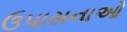
ઉપાસનાઓ